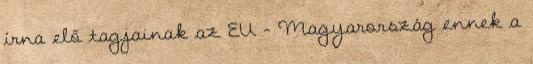
írna elő tagjainak az EU – Magyarország ennek a